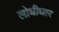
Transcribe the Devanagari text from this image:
लोधीघार